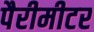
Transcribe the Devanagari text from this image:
पैरीमीटर